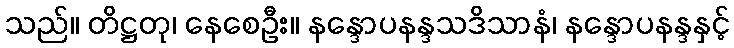
သည်။ တိဋ္ဌတု၊ နေစေဦး။ နန္ဒောပနန္ဒသဒိသာနံ၊ နန္ဒောပနန္ဒနှင့်